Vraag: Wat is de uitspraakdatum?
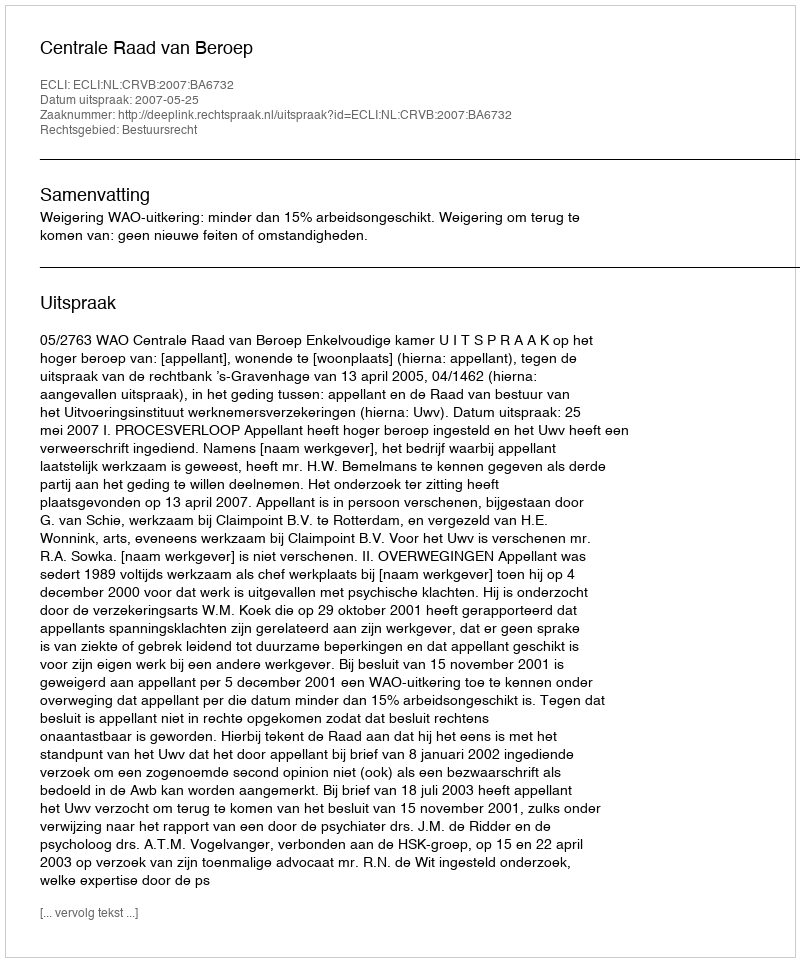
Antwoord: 2007-05-25